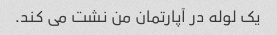
یک لوله در آپارتمان من نشت می کند.